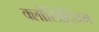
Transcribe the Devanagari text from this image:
क्लोस्त्रिदियम